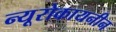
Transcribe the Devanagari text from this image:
न्यूरोकायनीन